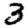
Digit: 3